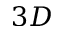
3 D